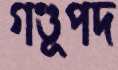
গণ্ডূপদ